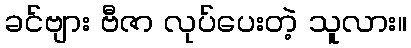
ခင်ဗျား ဗီဇာ လုပ်ပေးတဲ့ သူလား။